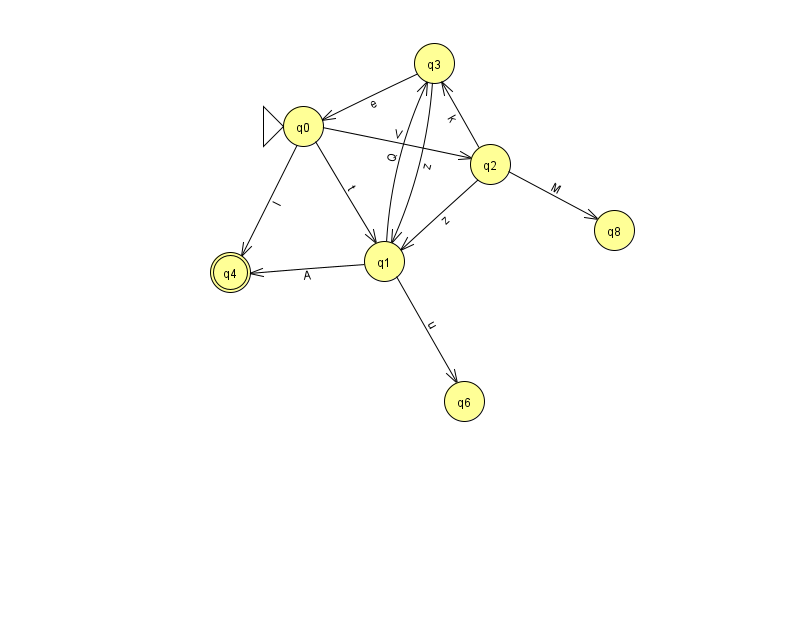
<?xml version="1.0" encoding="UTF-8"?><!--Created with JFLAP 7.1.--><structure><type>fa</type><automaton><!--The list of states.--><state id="0" name="q0"><x>303.0</x><y>113.0</y><initial/></state><state id="1" name="q1"><x>384.0</x><y>248.0</y></state><state id="2" name="q2"><x>490.0</x><y>151.0</y></state><state id="3" name="q3"><x>434.0</x><y>50.0</y></state><state id="4" name="q4"><x>230.0</x><y>259.0</y><final/></state><state id="6" name="q6"><x>464.0</x><y>388.0</y></state><state id="8" name="q8"><x>614.0</x><y>217.0</y></state><!--The list of transitions.--><transition><from>0</from><to>1</to><read>t</read></transition><transition><from>0</from><to>4</to><read>l</read></transition><transition><from>0</from><to>2</to><read>V</read></transition><transition><from>3</from><to>0</to><read>e</read></transition><transition><from>1</from><to>3</to><read>Q</read></transition><transition><from>2</from><to>8</to><read>M</read></transition><transition><from>1</from><to>6</to><read>u</read></transition><transition><from>2</from><to>3</to><read>k</read></transition><transition><from>3</from><to>1</to><read>z</read></transition><transition><from>1</from><to>4</to><read>A</read></transition><transition><from>2</from><to>1</to><read>z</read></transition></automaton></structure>